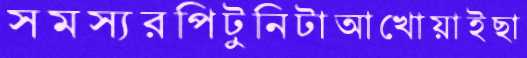
সমস্যরপিটুনিটাআখোয়াইছা